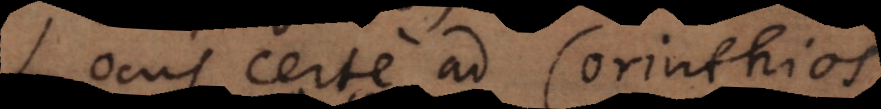
Locus certe ad Corinthios